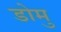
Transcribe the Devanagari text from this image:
डोमु